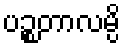
ပဉ္စတာလမ္ပိ